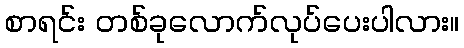
စာရင်း တစ်ခုလောက်လုပ်ပေးပါလား။